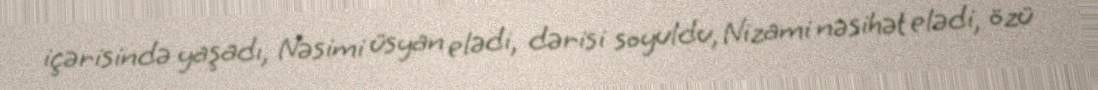
içərisində yaşadı, Nəsimi üsyan elədi, dərisi soyuldu, Nizami nəsihət elədi, özü